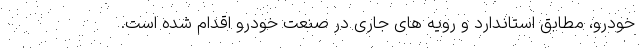
خودرو، مطابق استاندارد و رویه های جاری در صنعت خودرو اقدام شده است.